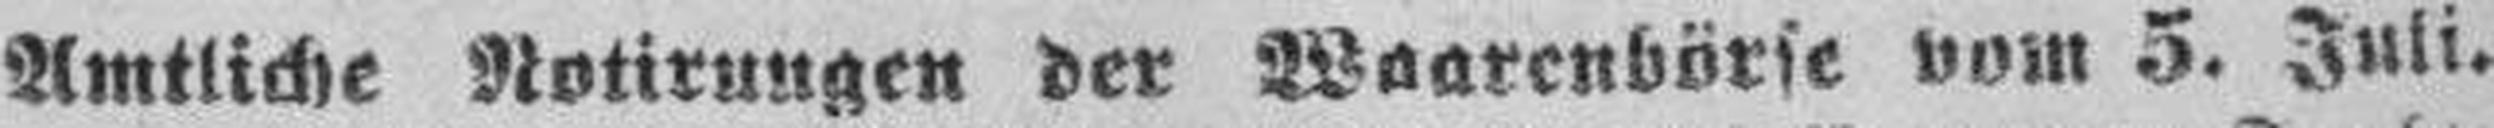
Amtliche Notirungen der Waarenbörse vom 5. Juli.